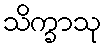
သိက္ခာသု